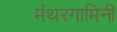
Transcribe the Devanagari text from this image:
मंथरगामिनी